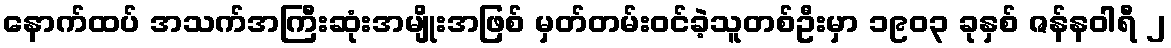
နောက်ထပ် အသက်အကြီးဆုံးအမျိုးအဖြစ် မှတ်တမ်းဝင်ခဲ့သူတစ်ဦးမှာ ၁၉၀၃ ခုနှစ် ဇန်နဝါရီ ၂